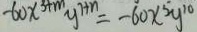
- 6 0 x ^ { 3 + m } y ^ { 7 + n } = - 6 0 x ^ { 5 } y ^ { 1 0 }